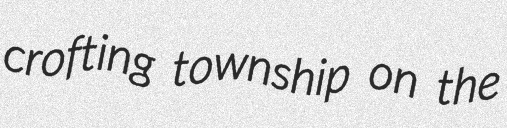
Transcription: crofting township on the